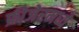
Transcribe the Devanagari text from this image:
फ्रीजेरमध्ये